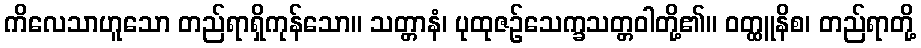
ကိလေသာဟူသော တည်ရာရှိကုန်သော။ သတ္တာနံ၊ ပုထုဇဉ်သေက္ခသတ္တဝါတို့၏။ ဝတ္ထူနိစ၊ တည်ရာတို့